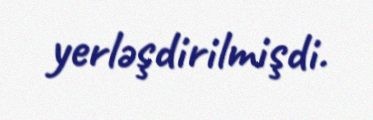
yerləşdirilmişdi.